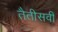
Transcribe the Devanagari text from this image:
तैतीसवीं